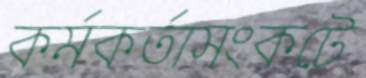
কর্মকর্তাসংকটে